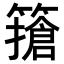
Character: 𥴻